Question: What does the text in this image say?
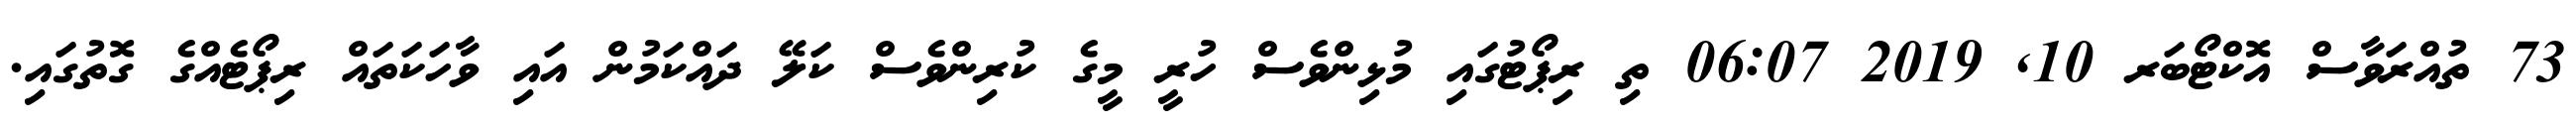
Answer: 73 ތުއްރަވާސް އޮކްޓޯބަރ 10, 2019 06:07 ތި ރިޕޯޓުގައި މުޅިންވެސް ހުރީ މީގެ ކުރިންވެސް ކަލޭ ދައްކަމުން އައި ވާހަކަތައް ރިޕޯޓެއްގެ ގޮތުގައި.